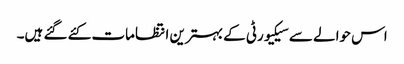
اس حوالے سے سیکیورٹی کے بہترین انتظامات کئے گئے ہیں۔